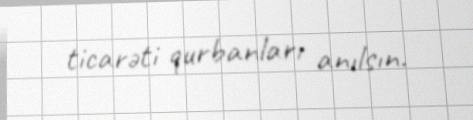
ticarəti qurbanları anılsın.